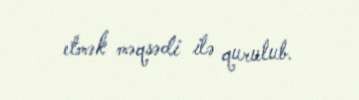
etmək məqsədi ilə qurulub.